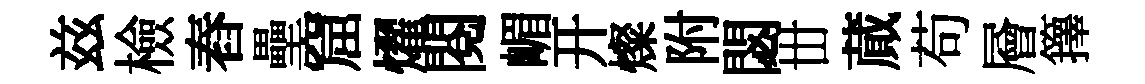
兹檢舂壘窟燿閱嵋开燦附閟丗蕆苟層籜